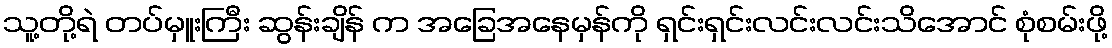
သူ့တို့ရဲ တပ်မှူးကြီး ဆွန်းချိန် က အခြေအနေမှန်ကို ရှင်းရှင်းလင်းလင်းသိအောင် စုံစမ်းဖို့